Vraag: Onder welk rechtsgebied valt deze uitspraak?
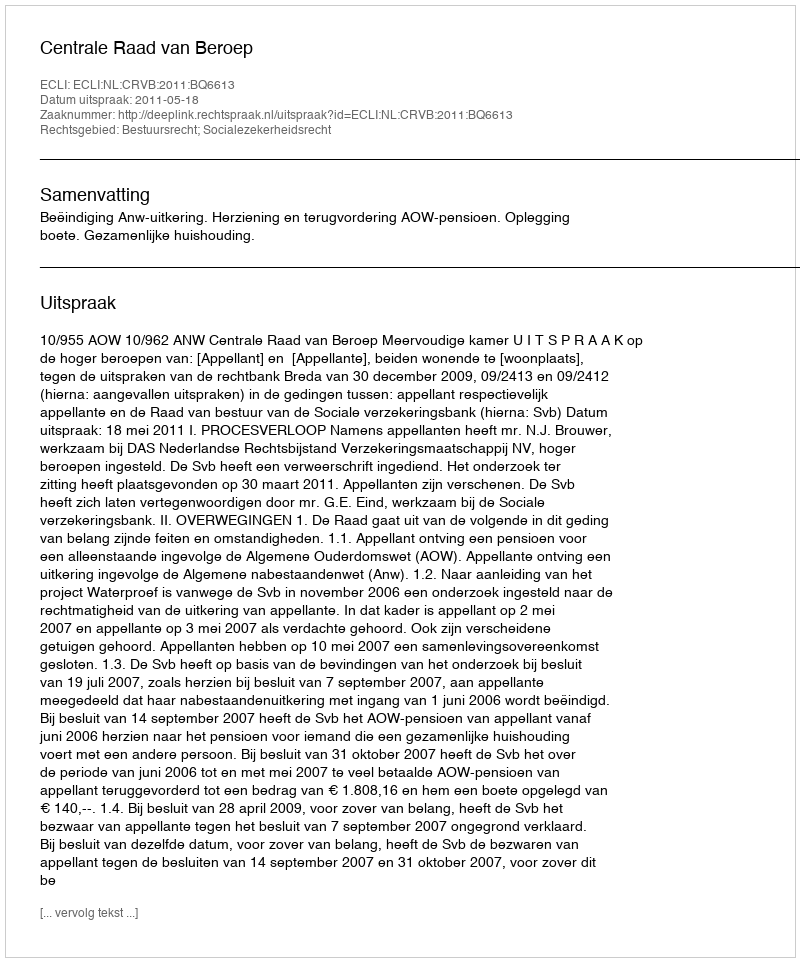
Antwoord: Bestuursrecht; Socialezekerheidsrecht